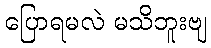
ပြောရမလဲ မသိဘူးဗျ